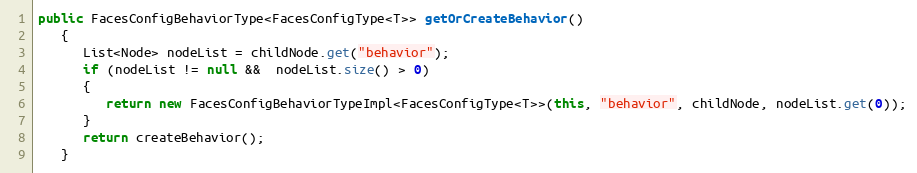
Language: Java
public FacesConfigBehaviorType<FacesConfigType<T>> getOrCreateBehavior()
   {
      List<Node> nodeList = childNode.get("behavior");
      if (nodeList != null &&  nodeList.size() > 0)
      {
         return new FacesConfigBehaviorTypeImpl<FacesConfigType<T>>(this, "behavior", childNode, nodeList.get(0));
      }
      return createBehavior();
   }